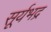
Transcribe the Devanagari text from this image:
सूर्यभद्र